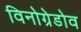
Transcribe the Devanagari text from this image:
विनोग्रेडोव